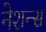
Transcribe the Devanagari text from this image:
नेशन्‍स